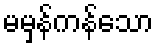
မမှန်ကန်သော